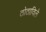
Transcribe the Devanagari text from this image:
ठोठाविले